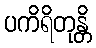
ပကိရိတုန္တိ